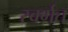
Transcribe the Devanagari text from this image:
स्वर्गत